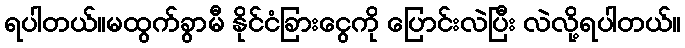
ရပါတယ်။မထွက်ခွာမီ နိုင်ငံခြားငွေကို ပြောင်းလဲပြီး လဲလို့ရပါတယ်။